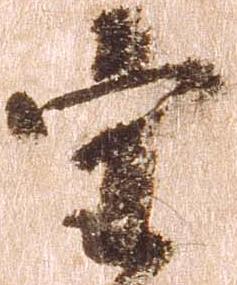
守